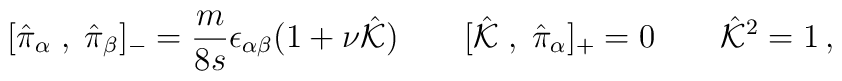
[\hat{\pi}_\alpha\;,\;\hat{\pi}_\beta]_{-}=\frac{m}{8s}\epsilon_{\alpha\beta}(1+\nu \hat{\cal K}) \qquad[\hat{\cal K}\;,\;\hat{\pi}_\alpha]_+=0\qquad \hat{\cal K}^2=1\,,